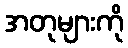
အတုများကို